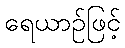
ရေယာဉ်ဖြင့်